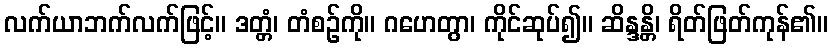
လက်ယာဘက်လက်ဖြင့်။ ဒတ္တံ၊ တံစဉ်ကို။ ဂဟေတွာ၊ ကိုင်ဆုပ်၍။ ဆိန္ဒန္တိ၊ ရိတ်ဖြတ်ကုန်၏။